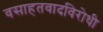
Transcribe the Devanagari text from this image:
वसाहतवादविरोधी